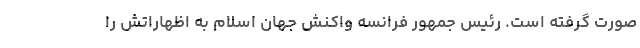
صورت گرفته است. رئیس جمهور فرانسه واکنش جهان اسلام به اظهاراتش را